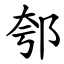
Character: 郀